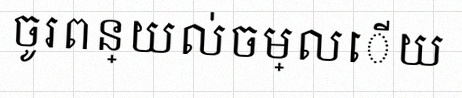
ចូរពន្យល់ចម្លើយ